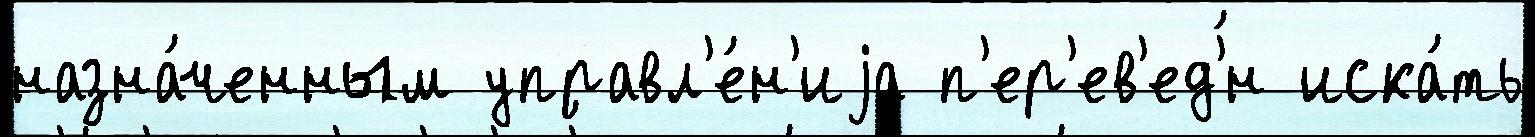
назна́ченным управл'е́н'иjа п'ер'ев'ед'́н иска́ть